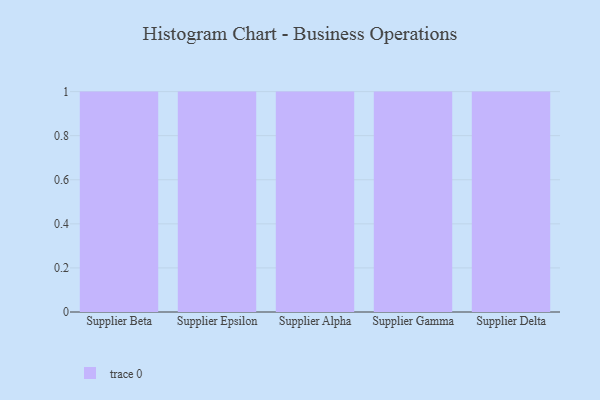
{"axis": {"x": "Supplier", "y": "Headcount"}, "legend": [""], "data": [{"x": "Supplier Beta", "y": 9, "type": ""}, {"x": "Supplier Epsilon", "y": 92, "type": ""}, {"x": "Supplier Alpha", "y": 48, "type": ""}, {"x": "Supplier Gamma", "y": 20, "type": ""}, {"x": "Supplier Delta", "y": 71, "type": ""}]}